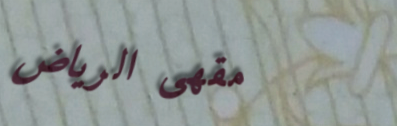
مقهى الرياض